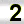
Digit: 2